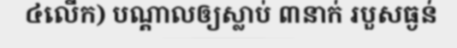
៤លើក) បណ្តាលឲ្យស្លាប់ ៣នាក់ របួសធ្ងន់